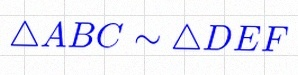
\triangle ABC\sim\triangle DEF